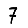
Digit: 7